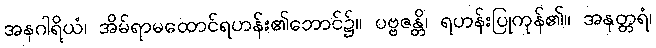
အနဂါရိယံ၊ အိမ်ရာမထောင်ရဟန်း၏ဘောင်၌။ ပဗ္ဗဇန္တိ၊ ရဟန်းပြုကုန်၏။ အနုတ္တရံ၊